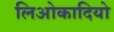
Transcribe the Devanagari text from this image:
लिओकादियो